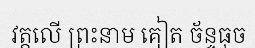
វត្តលើ ព្រះនាម គៀត ច័ន្ទធុច